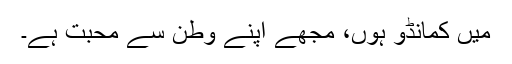
میں کمانڈو ہوں، مجھے اپنے وطن سے محبت ہے۔